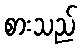
စားသည်